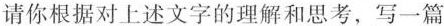
请你根据对上述文字的理解和思考，写一篇